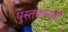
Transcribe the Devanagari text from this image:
पुस्तकचर्चा